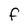
Character: F